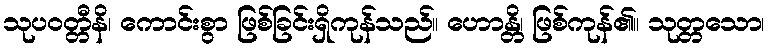
သုပဝတ္တီနိ၊ ကောင်းစွာ ဖြစ်ခြင်းရှိကုန်သည်။ ဟောန္တိ၊ ဖြစ်ကုန်၏။ သုတ္တသော၊